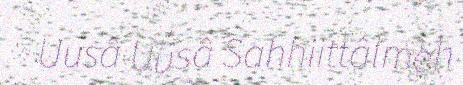
Uusâ Uusâ Sahhiittâlmeh